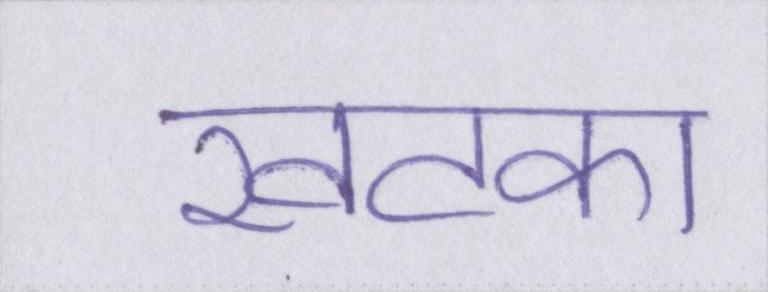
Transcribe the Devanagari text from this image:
खटका